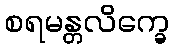
စရမန္တလိက္ခေ